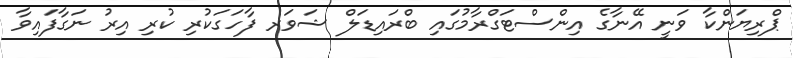
ޕްރިޔަންކާ ވަނީ އޭނާގެ އިންސްޓަގްރާމުގައި ބްރައިޑަލް ޝަވަރ ފާހަގަކުރި ކުރި އިރު ނަގާފައިވާ